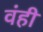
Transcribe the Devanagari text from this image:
वंही